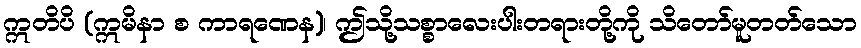
ဣတိပိ (ဣမိနာ စ ကာရဏေန)၊ ဤသို့သစ္စာလေးပါးတရားတို့ကို သိတော်မူတတ်သော